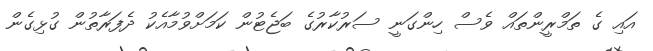
އައި ގެ ތަމްރީންތައް ވެސް ހިންގަނީ ސަރުކާރުގެ ބަޖެޓުން ކަމަށްވުމާއެކު ދެފަރާތުން ގުޅިގެން